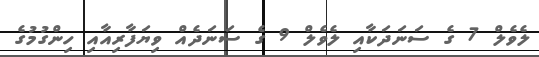
ލެވެލް 7 ގެ ސަނަދަކާއި ލެވެލް 9 ގެ ސަނަދެއް ވިޔަފާރިއާއި ހިންގުމުގެ